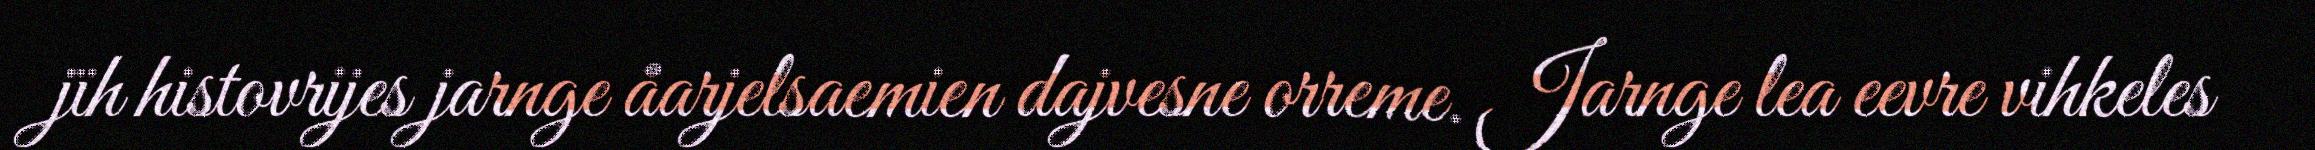
jïh histovrijes jarnge åarjelsaemien dajvesne orreme. Jarnge lea eevre vihkeles